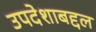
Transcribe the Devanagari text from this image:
उपदेशाबद्दल